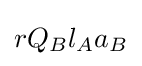
rQ_{B}l_{A}a_{B}